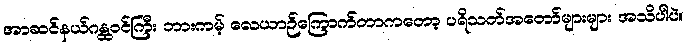
အာဆင်နယ်ဂန္ထဝင်ကြီး ဘားကမ့် လေယာဉ်ကြောက်တာကတော့ ပရိသတ်အတော်များများ အသိပါပဲ။